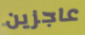
عاجزين